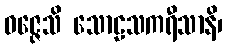
ဝဇ္ဇေသိ သောဠသကရီသာနိ၊